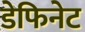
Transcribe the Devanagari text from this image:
डेफिनेट